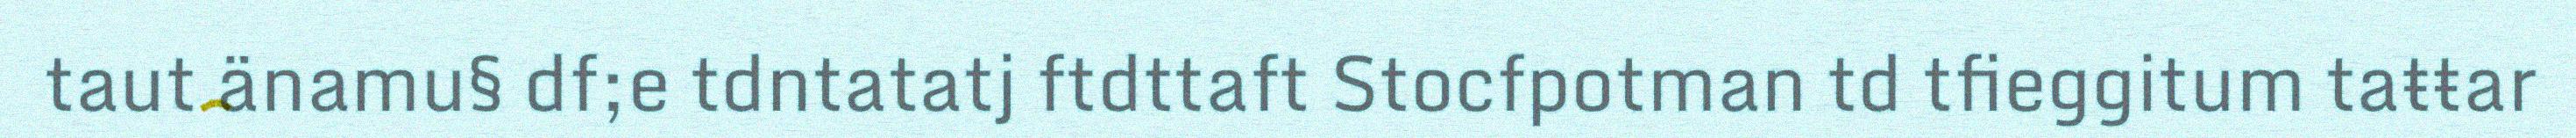
taut änamu§ df;e tdntatatj ftdttaft Stocfpotman td tfieggitum taŧŧar